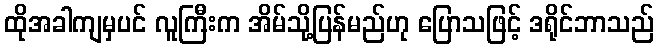
ထိုအခါကျမှပင် လူကြီးက အိမ်သို့ပြန်မည်ဟု ပြောသဖြင့် ဒရိုင်ဘာသည်